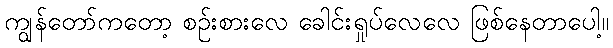
ကျွန်တော်ကတော့ စဉ်းစားလေ ခေါင်းရှုပ်လေလေ ဖြစ်နေတာပေါ့။